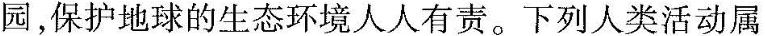
园，保护地球的生态环境人人有责。下列人类活动属